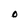
Character: O